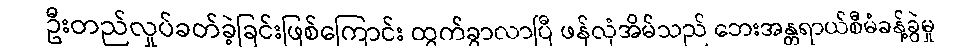
ဦးတည်လှုပ်ခတ်ခဲ့ခြင်းဖြစ်ကြောင်း ထွက်ခွာလာပြီ ဖန်လုံအိမ်သည် ဘေးအန္တရာယ်စီမံခန့်ခွဲမှု